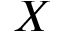
X